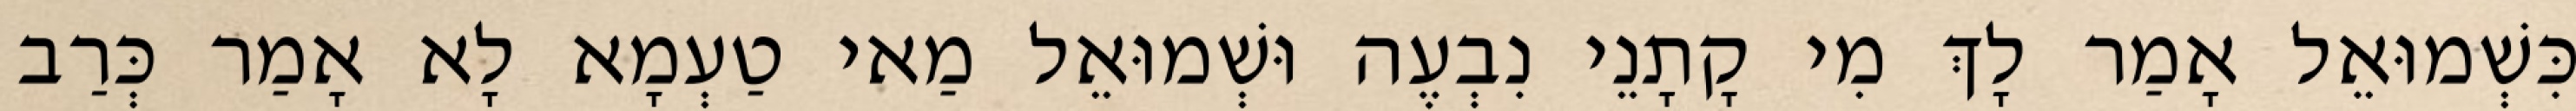
כִּשְׁמוּאֵל אָמַר לָךְ מִי קָתָנֵי נִבְעֶה וּשְׁמוּאֵל מַאי טַעְמָא לָא אָמַר כְּרַב